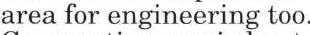
area for engineering too.